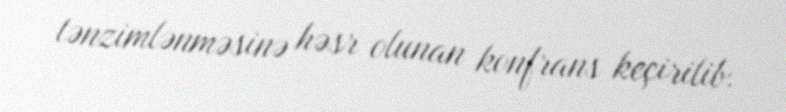
tənzimlənməsinə həsr olunan konfrans keçirilib.